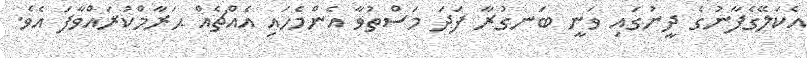
އެކަލޭގެފާނުގެ ދީނުގައި ވަނީ ބަނގުރާ ފަދަ މަސްތުވާ އެންމެހައި އެއްޗެއް ޙަރާމްކުރައްވާފަ އެވެ.